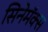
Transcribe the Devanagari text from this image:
सिनेमॅक्स